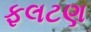
ફલટણ